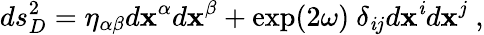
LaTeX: ds_{D}^{2}=\eta_{\alpha\beta}d\mathbf{x}^{\alpha}d\mathbf{x}^{\beta}+\exp(2\omega)~\delta_{\mathit{i}j}d\mathbf{x}^{\mathit{i}}d\mathbf{x}^{j}~,